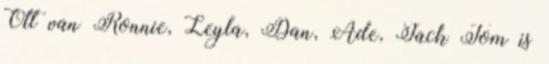
Ott van Ronnie, Leyla, Dan, Ade, Jack Tom is